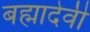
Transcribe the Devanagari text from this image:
बह्मादेवी